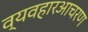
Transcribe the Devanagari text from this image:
व्यवहारआचरण